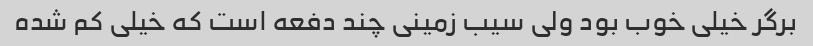
برگر خیلی خوب بود ولی سیب زمینی چند دفعه است که خیلی کم شده